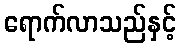
ရောက်လာသည်နှင့်